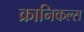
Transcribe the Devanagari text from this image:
क्रानिकल्स